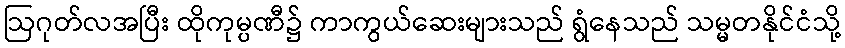
ဩဂုတ်လအပြီး ထိုကုမ္ပဏီ၌ ကာကွယ်ဆေးများသည် ရွံနေသည် သမ္မတနိုင်ငံသို့